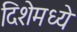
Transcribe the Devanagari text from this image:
दिशेमध्ये